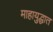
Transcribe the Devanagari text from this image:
माहायुद्धात